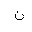
Letter: _non